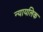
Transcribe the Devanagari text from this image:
न्यायलिक